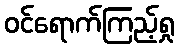
ဝင်ရောက်ကြည့်ရှု